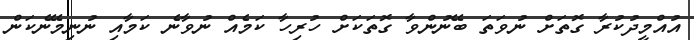
އުއްމީދުކުރާ ގޮތަށް ނުވަތަ ބޭނުންވާ ގޮތަކަށް ހުރިހާ ކަމެއް ނުވާނެ ކަމާއި ނުނިމޭނެކަން